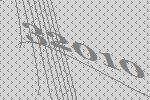
32010